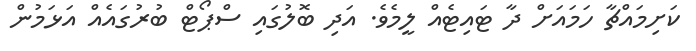
ކަށިމައްޗާ ހަމައަށް ދާ ޓައިޓެއް ލީމެވެ. އަދި ބޮލުގައި ސްޕޯޓް ބުރުގައެއް އަޅަމުން